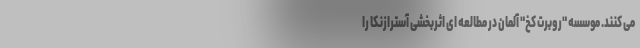
می کنند. موسسه "روبرت کُخ" آلمان در مطالعه ای اثربخشی آسترازنکا را